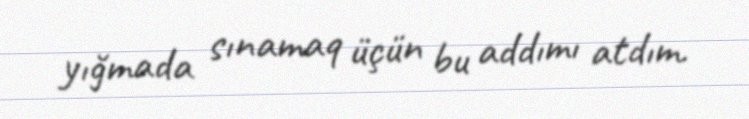
yığmada sınamaq üçün bu addımı atdım.